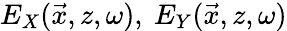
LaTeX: E_{X}(\vec{x},z,\omega),~E_{Y}(\vec{x},z,\omega)